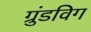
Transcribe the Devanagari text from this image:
ग्रुंडविग